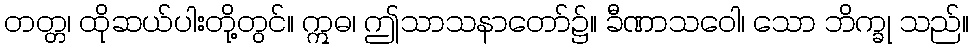
တတ္တ၊ ထိုဆယ်ပါးတို့တွင်။ ဣဓ၊ ဤသာသနာတော်၌။ ခီဏာသဝေါ၊ သော ဘိက္ခု သည်။